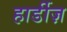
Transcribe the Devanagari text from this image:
हार्डीज़